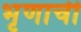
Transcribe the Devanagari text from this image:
भृणाची